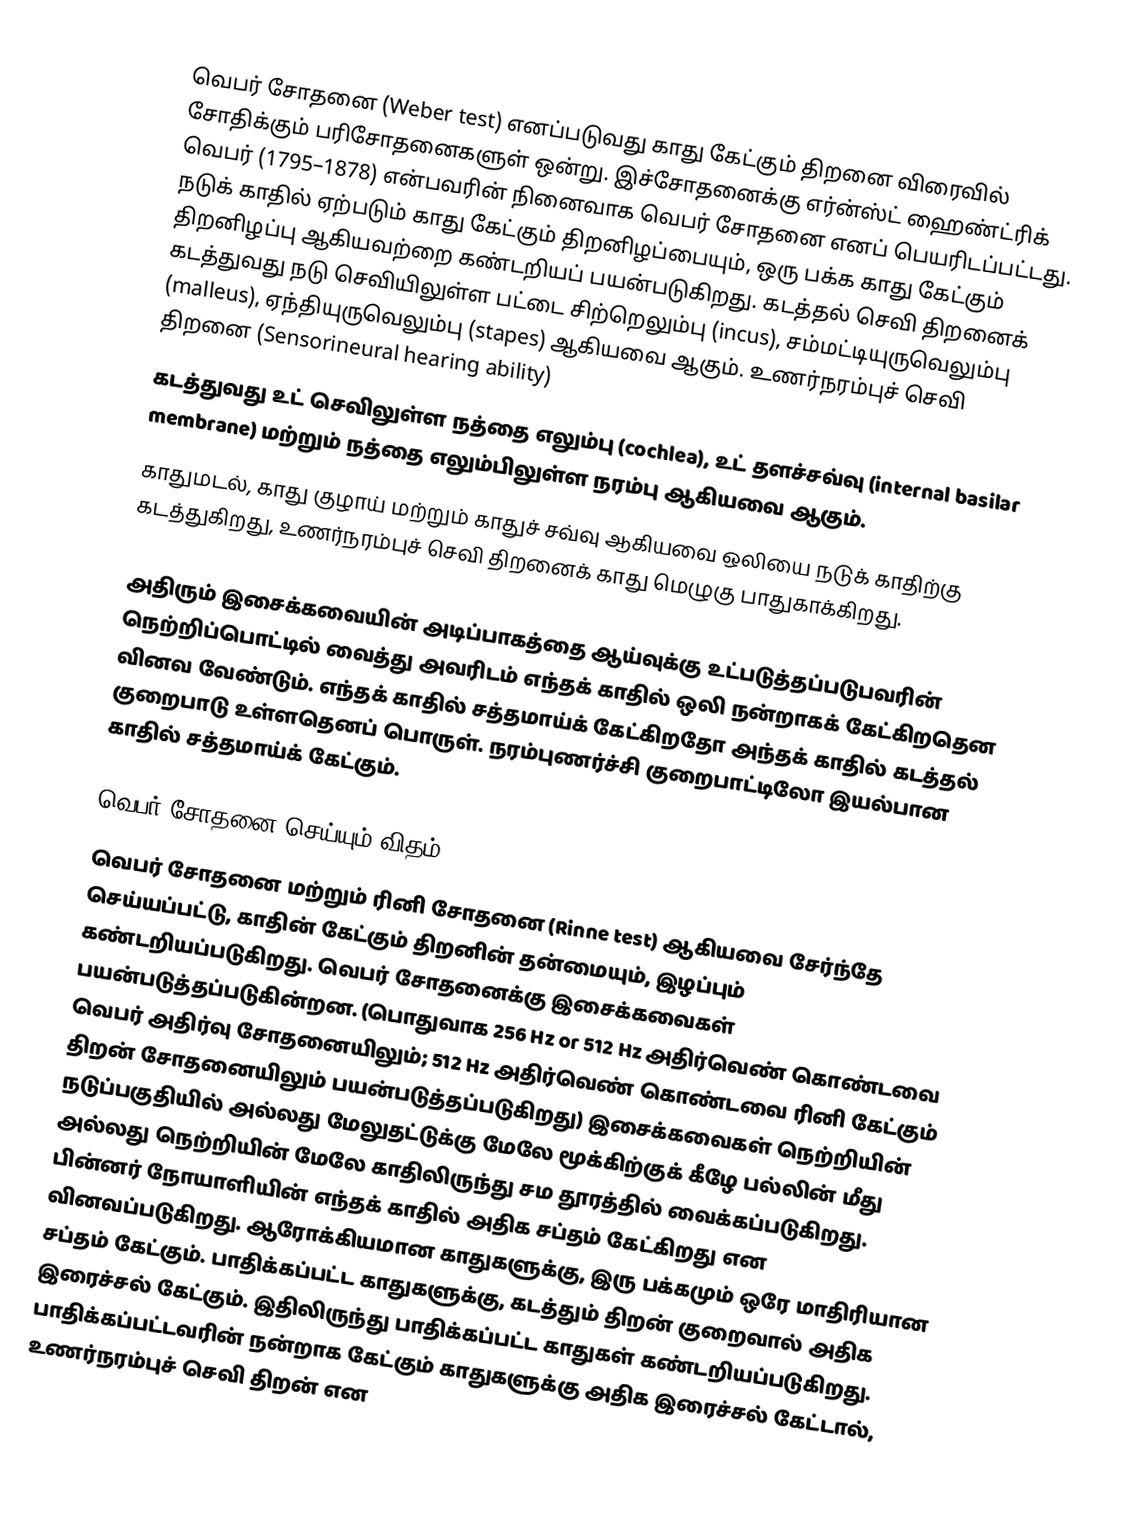
வெபர் சோதனை (Weber test) எனப்படுவது காது கேட்கும் திறனை விரைவில் சோதிக்கும் பரிசோதனைகளுள் ஒன்று. இச்சோதனைக்கு எர்ன்ஸ்ட் ஹைண்ட்ரிக் வெபர் (1795–1878) என்பவரின் நினைவாக வெபர் சோதனை எனப் பெயரிடப்பட்டது. நடுக் காதில் ஏற்படும் காது கேட்கும் திறனிழப்பையும், ஒரு பக்க காது கேட்கும் திறனிழப்பு ஆகியவற்றை கண்டறியப் பயன்படுகிறது. கடத்தல் செவி திறனைக் கடத்துவது நடு செவியிலுள்ள பட்டை சிற்றெலும்பு (incus), சம்மட்டியுருவெலும்பு (malleus), ஏந்தியுருவெலும்பு (stapes) ஆகியவை ஆகும். உணர்நரம்புச் செவி திறனை (Sensorineural hearing ability)
கடத்துவது உட் செவிலுள்ள நத்தை எலும்பு (cochlea), உட் தளச்சவ்வு (internal basilar membrane) மற்றும் நத்தை எலும்பிலுள்ள நரம்பு ஆகியவை ஆகும்.
காதுமடல், காது குழாய் மற்றும் காதுச் சவ்வு ஆகியவை ஒலியை நடுக் காதிற்கு கடத்துகிறது, உணர்நரம்புச் செவி திறனைக் காது மெழுகு பாதுகாக்கிறது.

அதிரும் இசைக்கவையின் அடிப்பாகத்தை ஆய்வுக்கு உட்படுத்தப்படுபவரின் நெற்றிப்பொட்டில் வைத்து அவரிடம் எந்தக் காதில் ஒலி நன்றாகக் கேட்கிறதென வினவ வேண்டும். எந்தக் காதில் சத்தமாய்க் கேட்கிறதோ அந்தக் காதில் கடத்தல் குறைபாடு உள்ளதெனப் பொருள். நரம்புணர்ச்சி குறைபாட்டிலோ இயல்பான காதில் சத்தமாய்க் கேட்கும்.

வெபர் சோதனை செய்யும் விதம்
வெபர் சோதனை மற்றும் ரினி சோதனை (Rinne test) ஆகியவை சேர்ந்தே செய்யப்பட்டு, காதின் கேட்கும் திறனின் தன்மையும், இழப்பும்   கண்டறியப்படுகிறது. வெபர் சோதனைக்கு இசைக்கவைகள் பயன்படுத்தப்படுகின்றன.  (பொதுவாக 256 Hz  or 512 Hz  அதிர்வெண் கொண்டவை வெபர் அதிர்வு சோதனையிலும்; 512 Hz அதிர்வெண் கொண்டவை ரினி கேட்கும் திறன் சோதனையிலும் பயன்படுத்தப்படுகிறது) இசைக்கவைகள் நெற்றியின் நடுப்பகுதியில் அல்லது மேலுதட்டுக்கு மேலே மூக்கிற்குக் கீழே பல்லின் மீது அல்லது நெற்றியின் மேலே காதிலிருந்து சம தூரத்தில் வைக்கப்படுகிறது. பின்னர் நோயாளியின் எந்தக் காதில் அதிக சப்தம் கேட்கிறது என வினவப்படுகிறது. ஆரோக்கியமான காதுகளுக்கு, இரு பக்கமும் ஒரே மாதிரியான சப்தம் கேட்கும். பாதிக்கப்பட்ட காதுகளுக்கு, கடத்தும் திறன் குறைவால் அதிக இரைச்சல் கேட்கும். இதிலிருந்து பாதிக்கப்பட்ட காதுகள் கண்டறியப்படுகிறது. பாதிக்கப்பட்டவரின் நன்றாக கேட்கும் காதுகளுக்கு அதிக இரைச்சல் கேட்டால், உணர்நரம்புச் செவி திறன் என